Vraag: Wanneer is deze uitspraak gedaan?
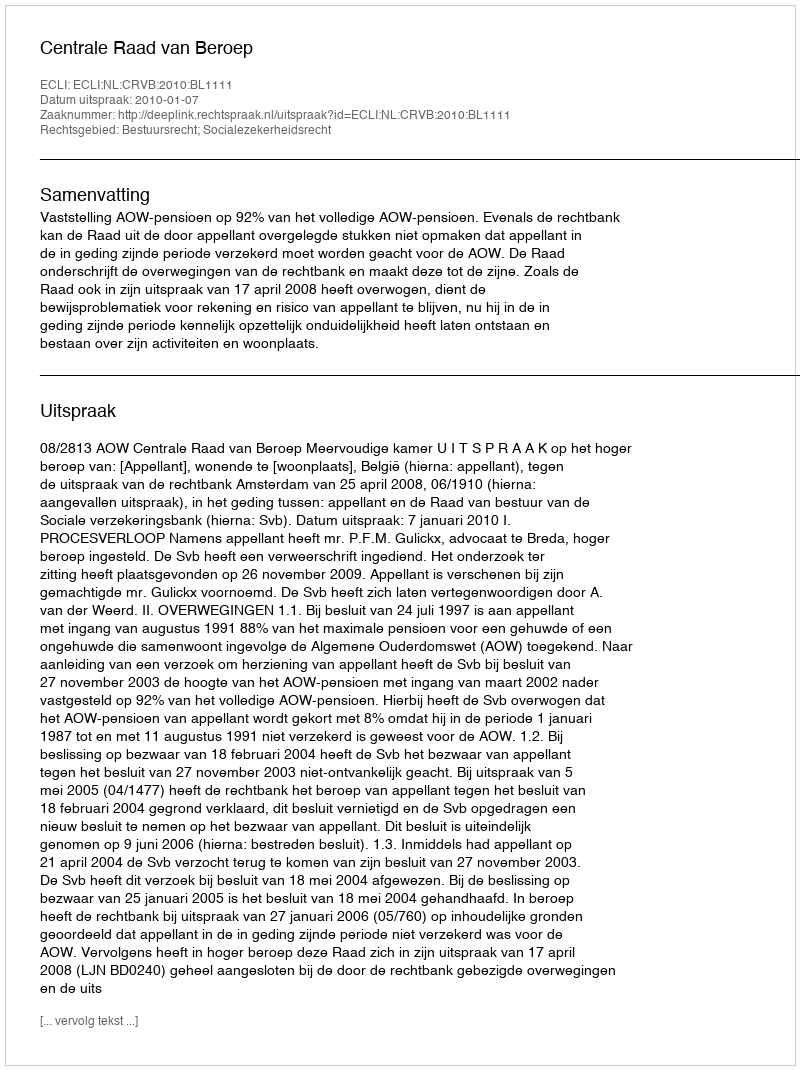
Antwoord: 2010-01-07